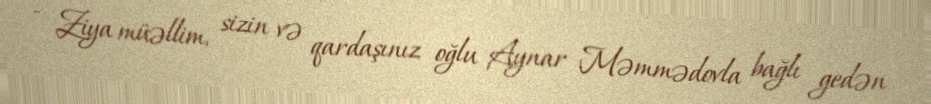
- Ziya müəllim, sizin və qardaşınız oğlu Aynar Məmmədovla bağlı gedən